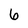
Character: 6